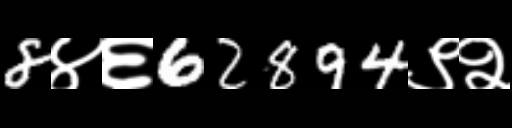
Text: 8४६62894९२